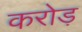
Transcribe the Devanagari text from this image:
करोड़